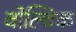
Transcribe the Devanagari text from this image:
वोल्विक